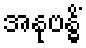
အနုဗန္ဓိံ